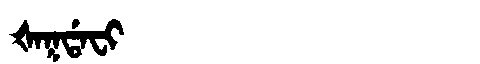
Manchu: ᡧᠠᡴᡩᠠᠸᡳ
Romanization: ŠAKDAFI